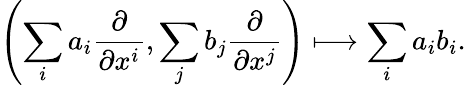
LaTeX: \left(\sum_{i}a_{i}{\frac{\partial}{\partial x^{i}}},\sum_{j}b_{j}{\frac{\partial}{\partial x^{j}}}\right)\longmapsto\sum_{i}a_{i}b_{i}.